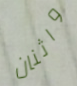
واثنان